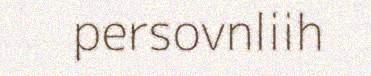
persovnliih